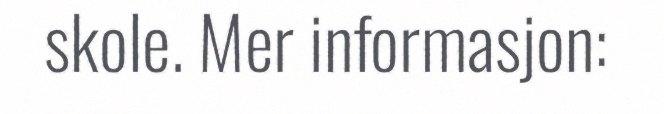
skole. Mer informasjon: